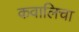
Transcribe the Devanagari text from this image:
कवालिचा